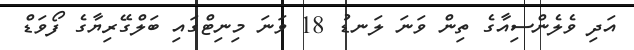
އަދި ވެލެންސިއާގެ ތިން ވަނަ ލަނޑު 18 ވަނަ މިނިޓްގައި ބަލްގޭރިޔާގެ ފޯވަޑް